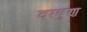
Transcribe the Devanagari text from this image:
वरबुण